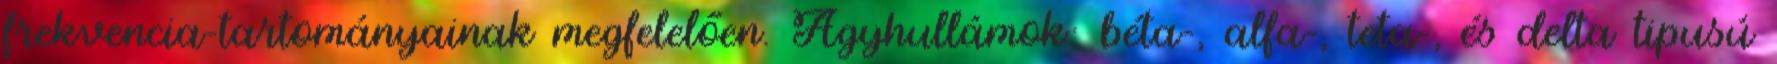
frekvencia-tartományainak megfelelően. Agyhullámok: béta-, alfa-, teta-, és delta tipusú